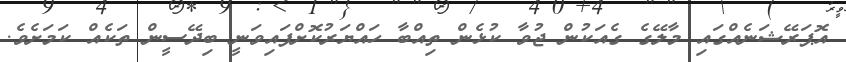
އޮޕަރޭޝަނެއްގައި މާލޭގެ ގެއަކުން ޖުވާ ކުޅެން ތިއްބާ ހައްޔަރުކޮށްފައިވަނީ ބިދޭސީން ތަކެއް ކަމަށެވެ.